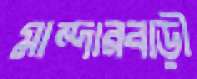
মান্দারবাড়ী